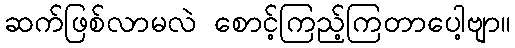
ဆက်ဖြစ်လာမလဲ စောင့်ကြည့်ကြတာပေါ့ဗျာ။